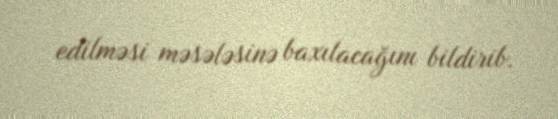
edilməsi məsələsinə baxılacağını bildirib.